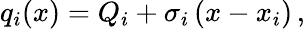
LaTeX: q_{i}(x)=Q_{i}+\sigma_{i}\left(x-x_{i}\right)\, ,